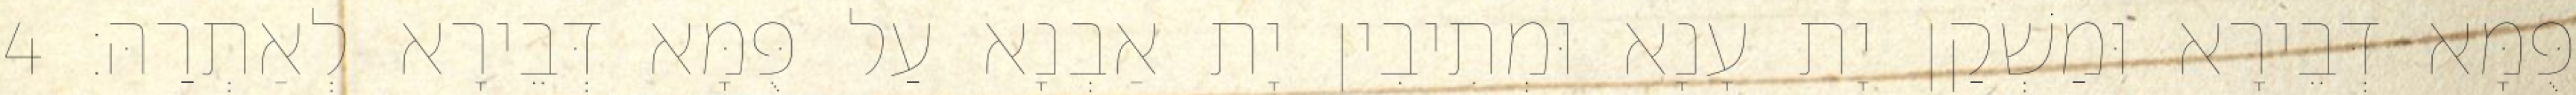
פֻּמָּא דְּבֵירָא וּמַשְׁקַן יָת עָנָא וּמְתִיבִין יָת אַבְנָא עַל פֻּמָּא דְּבֵירָא לְאַתְרַהּ׃ 4